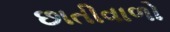
છાતીવાળો